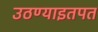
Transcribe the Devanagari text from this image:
उठण्याइतपत